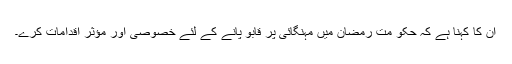
ان کا کہنا ہے کہ حکو مت رمضان میں مہنگائی پر قابو پانے کے لئے خصوصی اور مؤثر اقدامات کرے۔